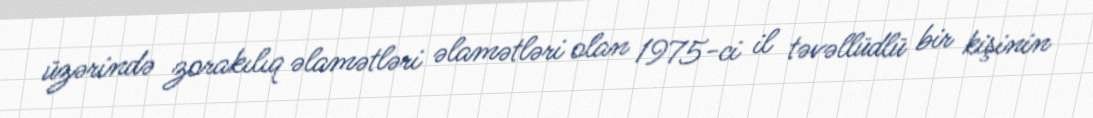
üzərində zorakılıq əlamətləri əlamətləri olan 1975-ci il təvəllüdlü bir kişinin